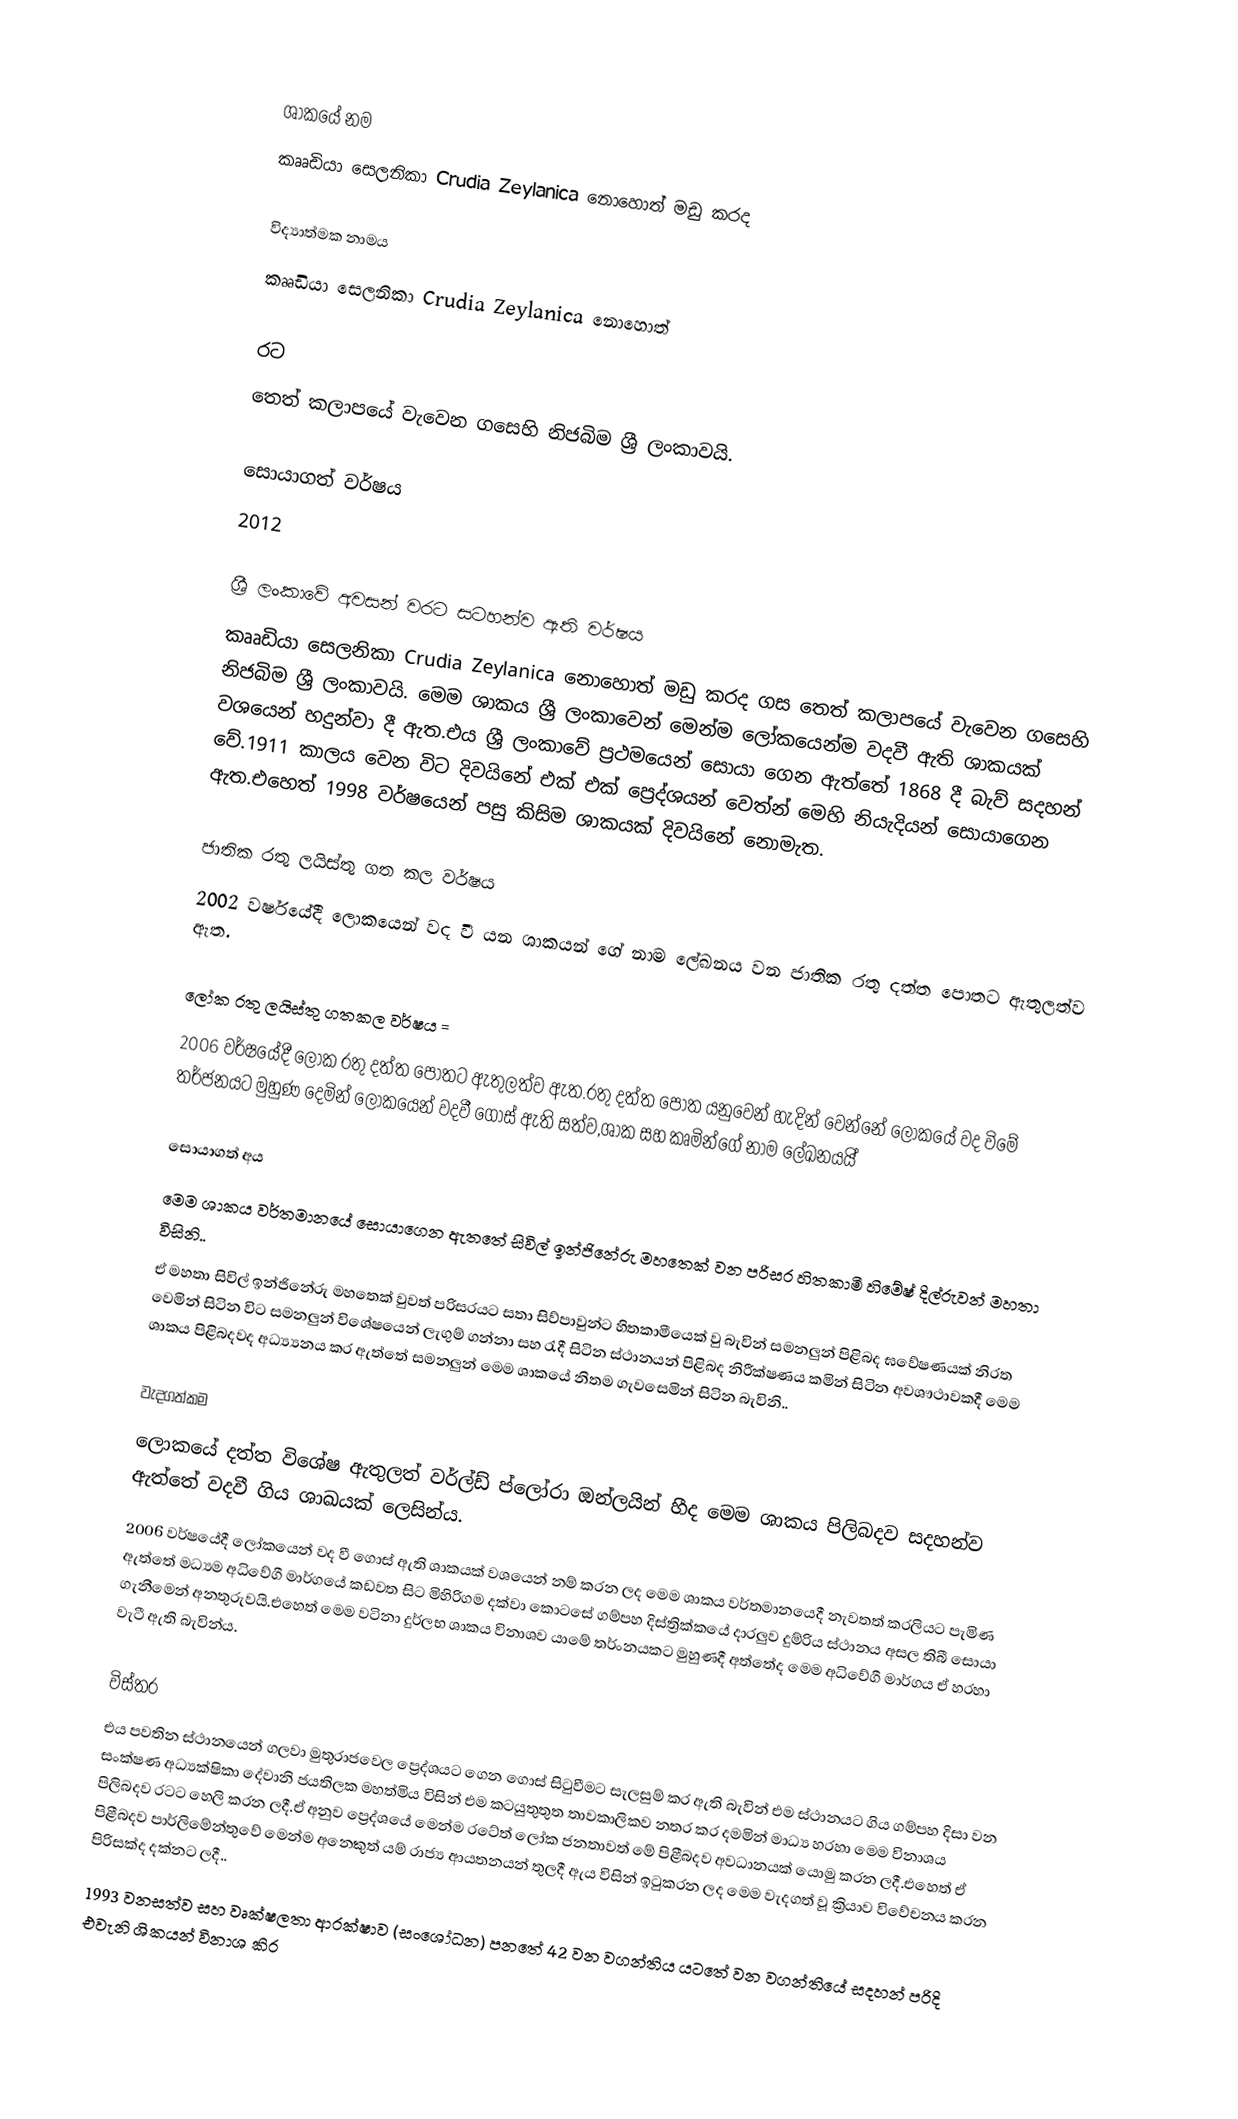

ශාකයේ නම
කෘෘඩියා සෙලනිකා Crudia Zeylanica නොහොත් මඩු කරද

විද්‍යාත්මක නාමය
කෘෘඩියා සෙලනිකා Crudia Zeylanica නොහොත්

රට
තෙත් කලාපයේ වැවෙන ගසෙහි නිජබිම ශ්‍රී ලංකාවයි.

සොයාගත් වර්ෂය
2012

ශ්‍රී ලංකාවේ අවසන් වරට සටහන්ව ඇති වර්ෂය
කෘෘඩියා සෙලනිකා Crudia Zeylanica නොහොත් මඩු කරද ගස තෙත් කලාපයේ වැවෙන ගසෙහි නිජබිම ශ්‍රී ලංකාවයි. මෙම ශාකය ශ්‍රී ලංකාවෙන් මෙන්ම ලෝකයෙන්ම වදවී ඇති ශාකයක් වශයෙන් හදුන්වා දී ඇත.එය ශ්‍රී ලංකාවේ ප්‍රථමයෙන් සොයා ගෙන ඇත්තේ 1868 දී බැව් සදහන් වේ.1911 කාලය වෙන විට දිවයිනේ එක් එක් ප්‍රෙද්ශයන් වෙත්න් මෙහි නියැදියන් සොයාගෙන ඇත.එහෙත් 1998 වර්ෂයෙන් පසු කිසිම ශාකයක් දිවයිනේ නොමැත.

ජාතික රතු ලයිස්තු ගත කල වර්ෂය
2002 වර්ෂයේදී ලොකයෙන් වද වී යන ශාකයන් ගේ නාම ලේඛනය වන ජාතික රතු දත්ත පොතට ඇතුලත්ව ඇත.

ලෝක රතු ලයිස්තු ගතකල වර්ෂය =
2006 වර්ෂයේදී ලෝක රතු දත්ත පොතට ඇතුලත්ව ඇත.රතු දත්ත පොත යනුවෙන් හැදින් වෙන්නේ ලෝකයේ වද විමේ තර්ජනයට මුහුණ දෙමින් ලෝකයෙන් වදවී ගොස් ඇති සත්ව,ශාක සහ කෘමින්ගේ නාම ලේඛනයයි්

සොයාගත් අය
මෙම ශාකය වර්තමානයේ සොයාගෙන ඇතතේ සිවිල් ඉන්ජිනේරු මහතෙක් වන පරිසර හිතකාමී හිමේෂ් දිල්රුවන් මහතා විසිනි..
ඒ මහතා සිවිල් ඉන්ජිනේරු මහතෙක් වුවත් පරිසරයට සතා සිව්පාවුන්ට හිතකාමීයෙක් වු බැවින් සමනලුන් පිළිබද ඝවේෂණයක් නිරත වෙමින් සිටින විට සමනලුන් විශේෂයෙන් ලැගුම් ගන්නා සහ රැදී සිටින ස්ථානයන් පිළිබද නිරීක්ෂණය කමින් සිටින අවශෟථාවකදී මෙම ශාකය පිළිබදවද අධ්‍ය්‍යනය කර ඇත්තේ සමනලුන් මෙම ශාකයේ නිතම ගැවසෙමින් සිටින බැවිනි..

වැදගත්කම
ලොකයේ දත්ත විශේෂ ඇතුලත් වර්ල්ඩ් ප්ලෝරා ඔන්ලයින් හීද මෙම ශාකය පිලිබදව සදහන්ව ඇත්තේ වදවී ගිය ශාඛයක් ලෙසින්ය.
2006 වර්ෂයේදී ලෝකයෙන් වද වී ගොස් ඇති ශාකයක් වශයෙන් නම් කරන ලද මෙම ශාකය වර්තමානයෙදී නැවතත් කරලියට පැමිණ ඇත්තේ මධ්‍යම අධිවේගී මාර්ගයේ කඩවත සිට මිහිරිගම දක්වා කොටසේ ගම්පහ දිස්ත්‍රික්කයේ දාරලුව දුම්රිය ස්ථානය අසල තිබී සොයා ගැනීමෙන් අනතුරුවයි.එහෙත් මෙම වටිනා දුර්ලභ ශාකය විනාශව යාමේ තර්ංනයකට මුහුණදී අත්තේද මෙම අධිවේගී මාර්ගය ඒ හරහා වැටී ඇති බැවින්ය.

විස්තර
එය පවතින ස්ථානයෙන් ගලවා මුතුරාජවෙල ප්‍රෙද්ශයට ගෙන ගොස් සිටුවීමට සැලසුම් කර ඇති බැවින් එම ස්ථානයට ගිය ගම්පහ දිසා වන සංක්ෂණ අධ්‍යක්ෂිකා දේවානි ජයතිලක මහත්මිය විසින් එම කටයුතුතුත තාවකාලිකව නතර කර දමමින් මාධ්‍ය හරහා මෙම විනාශය පිලිබදව රටට හෙලි කරන ලදී.ඒ අනුව ප්‍රෙද්ශයේ මෙන්ම රටේත් ලෝක ජනතාවත් මේ පිළීබදව අවධානයක් යොමු කරන ලදී.එහෙත් ඒ පිළීබදව පාර්ලිමේන්තුවේ මෙන්ම අනෙකුත් යම් රාජ්‍ය ආයතනයන් තුලදී ඇය විසින් ඉටුකරන ලද මෙම වැදගත් වූ ක්‍රියාව විවේචනය කරන පිරිසක්ද දක්නට ලදී..
1993 වනසත්ව සහ වෘක්ෂලතා ආරක්ෂාව (සංශෝධන) පනතේ 42 වන වගන්තිය යටතේ වන වගන්තියේ සදහන් පරිදි එවැනි ශිකයන් විනාශ කිර